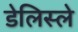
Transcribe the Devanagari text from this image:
डेलिस्ले